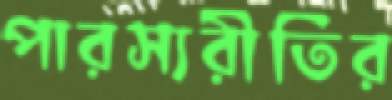
পারস্যরীতির